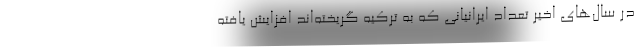
در سال‌های اخیر تعداد ایرانیانی که به ترکیه گریخته‌اند افزایش یافته